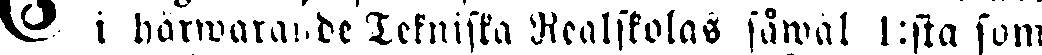
# i härwarande Tekniska Realiskolas såwal 1:sta som